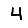
Digit: 4